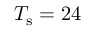
T _ { \mathrm { s } } = 2 4